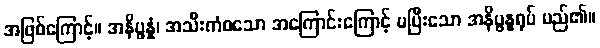
အဖြစ်ကြောင့်။ အနိပ္ဖန္နံ၊ အသီးကံစသော အကြောင်းကြောင့် မပြီးသော အနိပ္ဖန္နရုပ် မည်၏။